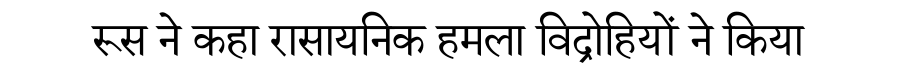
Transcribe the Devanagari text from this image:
रूस ने कहा रासायनिक हमला विद्रोहियों ने किया